Notes on vaccination in the North-West Frontier Province 1923-1928 - 1923-1928
Year: 1923
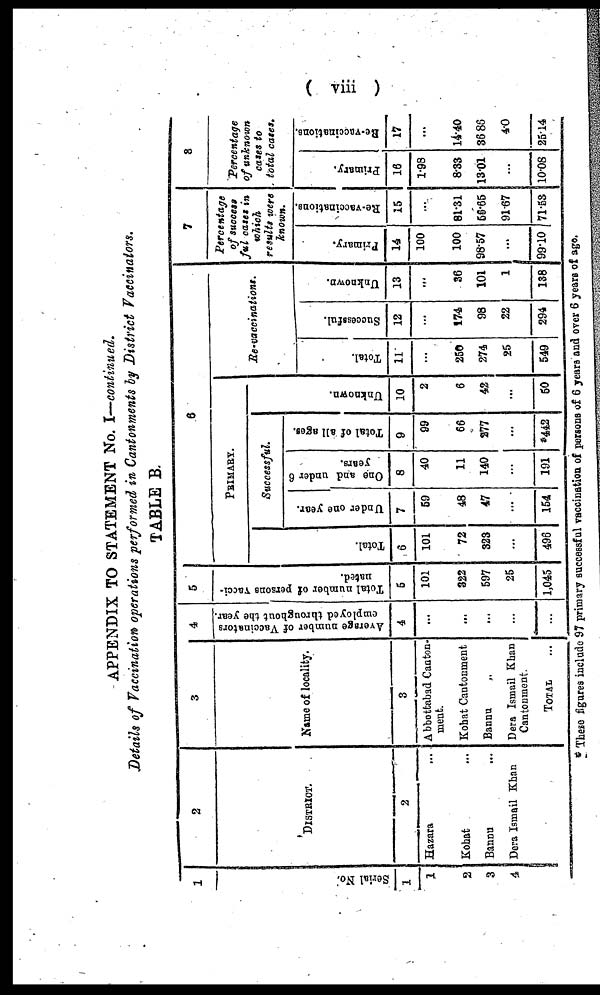
( viii )
APPENDIX TO STATEMENT No. I—continued.
Details of Vaccination operations performed in Cantonments by District Vaccinators.
TABLE B.
1
Serial No.
1
1
2
3
4
2
DISTRICT.
2
Hazara ...
Kohat ...
Bannu ...
Dera Ismail Khan
3
Name of locality.
3
Abbottabad Canton-
ment.
Kohat Cantonment
Bannu
„
Dera Ismail Khan
Cantonment.
TOTAL ...
4
Average number of Vaccinators
employed throughout the year.
4
...
...
...
...
...
5
Total number of persons vacci-
nated.
5
101
322
597
25
1,045
6
PRIMARY.
Total.
6
101
72
323
...
496
Successful.
Under one year.
7
59
48
47
...
154
One and under 6
years.
8
40
11
140
...
191
Total of all ages.
9
99
66
277
...
*442
Unknown.
10
2
6
42
...
50
Re-vaccinations.
Total.
11
...
250
274
25
549
Successful.
12
...
174
98
22
294
Unknown.
13
...
36
101
1
138
7
Percentage
of success
ful cases in
which
results were
known.
Primary.
14
100
100
98.57
...
99.10
Re-vaccinations.
15
...
81.31
56.65
91.67
71.53
8
Percentage
of unknown
cases to
total cases.
Primary.
16
1.98
8.33
13.01
...
10.08
Re-vaccinations.
17
...
14.40
36.86
4.0
25.14
* These figures include 97 primary successful vaccination of persons of 6 years and over 6 years of age.